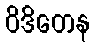
ဝိဒိတေန